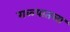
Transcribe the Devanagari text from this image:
गळ्यातला